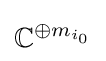
\mathbb {C} ^{\oplus m_{i_{0}}}